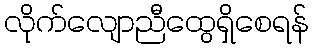
လိုက်လျောညီထွေရှိစေရန်